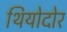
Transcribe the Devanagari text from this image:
थियोदोर